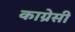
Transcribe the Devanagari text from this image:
काग्रेसी